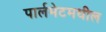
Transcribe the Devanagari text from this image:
पार्लमेटमधील